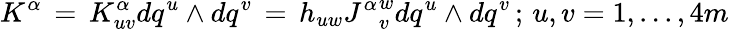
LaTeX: K^{\alpha}\, =\, K_{uv}^{\alpha}dq^{u}\wedge dq^{v}\, =\, h_{uw}{J^{\alpha}}_{v}^{w}dq^{u}\wedge dq^{v}\, ;\, u,v=1,...,4m